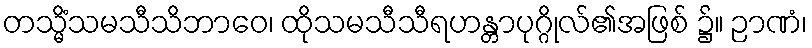
တသ္မိံသမသီသိဘာဝေ၊ ထိုသမသီသီရဟန္တာပုဂ္ဂိုလ်၏အဖြစ် ၌။ ဉာဏံ၊